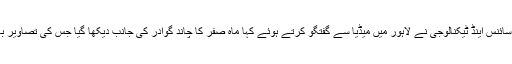
وفاقی وزیر سائنس اینڈ ٹیکنالوجی نے لاہور میں میڈیا سے گفتگو کرتے ہوئے کہا ماہ صفر کا چاند گوادر کی جانب دیکھا گیا جس کی تصاویر بھی لے گئیں۔